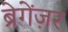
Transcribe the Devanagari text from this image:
ब्रेगेंज़र